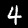
Label: 4